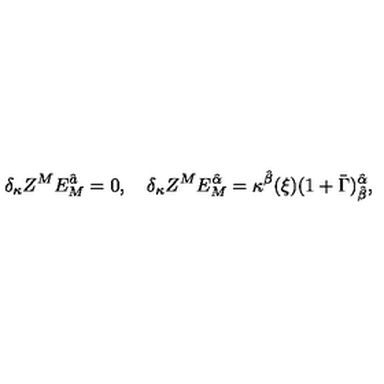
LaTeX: \delta _ { \kappa } Z ^ { M } E _ { M } ^ { \hat { a } } = 0 , \quad \delta _ { \kappa } Z ^ { M } E _ { M } ^ { \hat { \alpha } } = \kappa ^ { \hat { \beta } } ( \xi ) ( 1 + \bar { \Gamma } ) _ { \hat { \beta } } ^ { \hat { \alpha } } ,